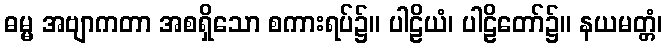
ဓမ္မ အဗျာကတာ အစရှိသော စကားရပ်၌။ ပါဠိယံ၊ ပါဠိတော်၌။ နယမတ္တံ၊